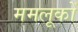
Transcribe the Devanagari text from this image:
ममलूकों